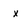
Character: x